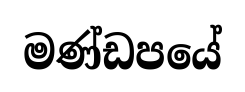
මණ්ඩපයේ